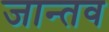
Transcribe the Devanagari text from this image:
जान्तव